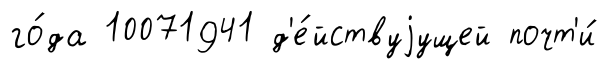
го́да 10071941 д'е́йствуjущей почт'и́